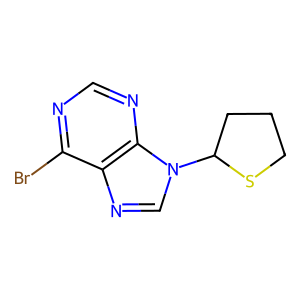
SMILES: Brc1ncnc2c1ncn2C1CCCS1
Inhibits HIV replication: No